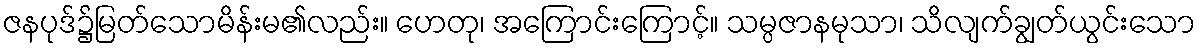
ဇနပုဒ်၌မြတ်သောမိန်းမ၏လည်း။ ဟေတု၊ အကြောင်းကြောင့်။ သမ္ပဇာနမုသာ၊ သိလျက်ချွတ်ယွင်းသော